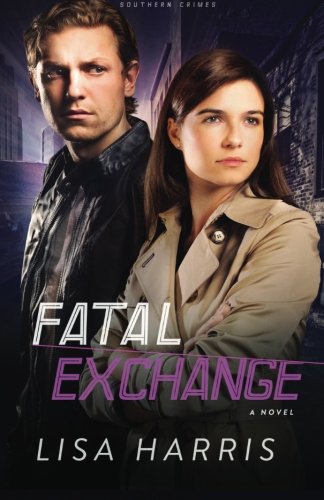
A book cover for Fatal Exchange: A Novel (Southern Crimes) (Volume 2); Lisa Harris; Romance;